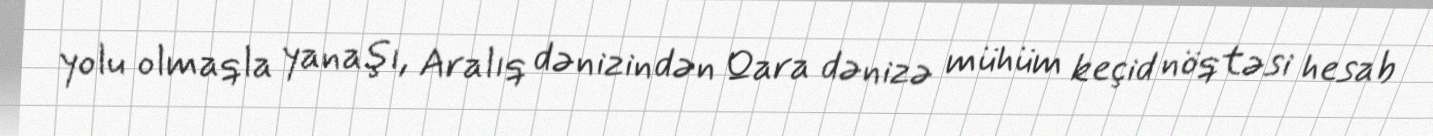
yolu olmaqla yanaşı, Aralıq dənizindən Qara dənizə mühüm keçid nöqtəsi hesab